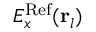
E _ { x } ^ { \mathrm { R e f } } ( { \bf r } _ { l } )